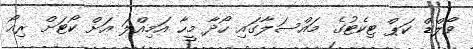
ވޯލްޑް ކަޕް ޓިކެޓުގެ މައްސަލާގައި ހޯދާ މީހާ އަމިއްލަ އަށް ކޯޓަށް ރިއޯ